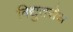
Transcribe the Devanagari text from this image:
विद्युतरोध